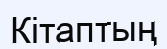
Кітаптың